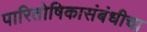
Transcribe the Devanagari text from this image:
पारितोषिकासंबंधीचा